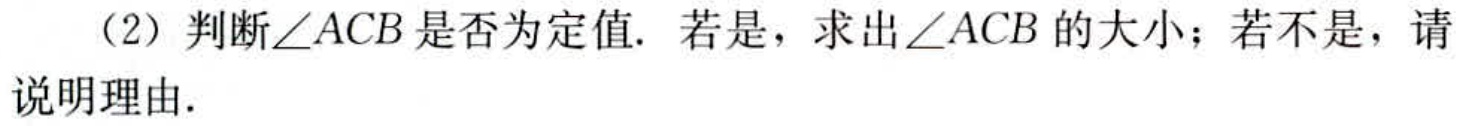
（2）判断\(\angle ACB\)是否为定值. 若是，求出\(\angle ACB\)的大小；若不是，请说明理由.